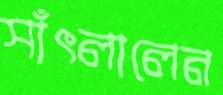
সাঁৎলালেন